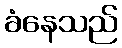
ခံနေသည်